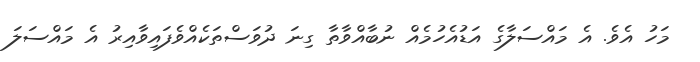
މަހު އެވެ. އެ މައްސަލާގެ އަޑުއެހުމެއް ނުބާއްވާތާ ގިނަ ދުވަސްތަކެއްވެފައިވާއިރު އެ މައްސަލަ